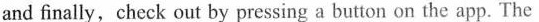
and finally, check out by pressing a button on the app. The